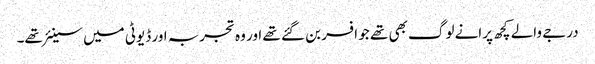
درجے والے کچھ پرانے لوگ بھی تھے جو افسر بن گئے تھے اور وہ تجربہ اور ڈیوٹی میں سینئر تھے۔